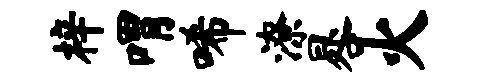
梓喟唏潦晷火